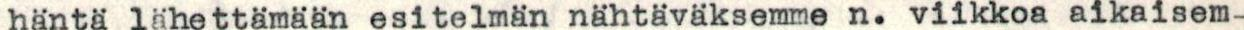
häntä lähettämään esitelmän nähtäväksemme n. viikkoa aikaisem-